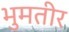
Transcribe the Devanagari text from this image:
भुमतीर